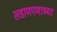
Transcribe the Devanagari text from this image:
लहाणपणाच्या